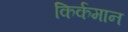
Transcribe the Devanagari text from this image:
किर्कमान